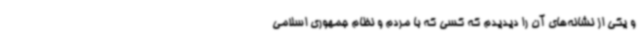
و یکی از نشانه‌های آن را دیدیدم که کسی که با مردم و نظام جمهوری اسلامی